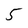
Character: 5